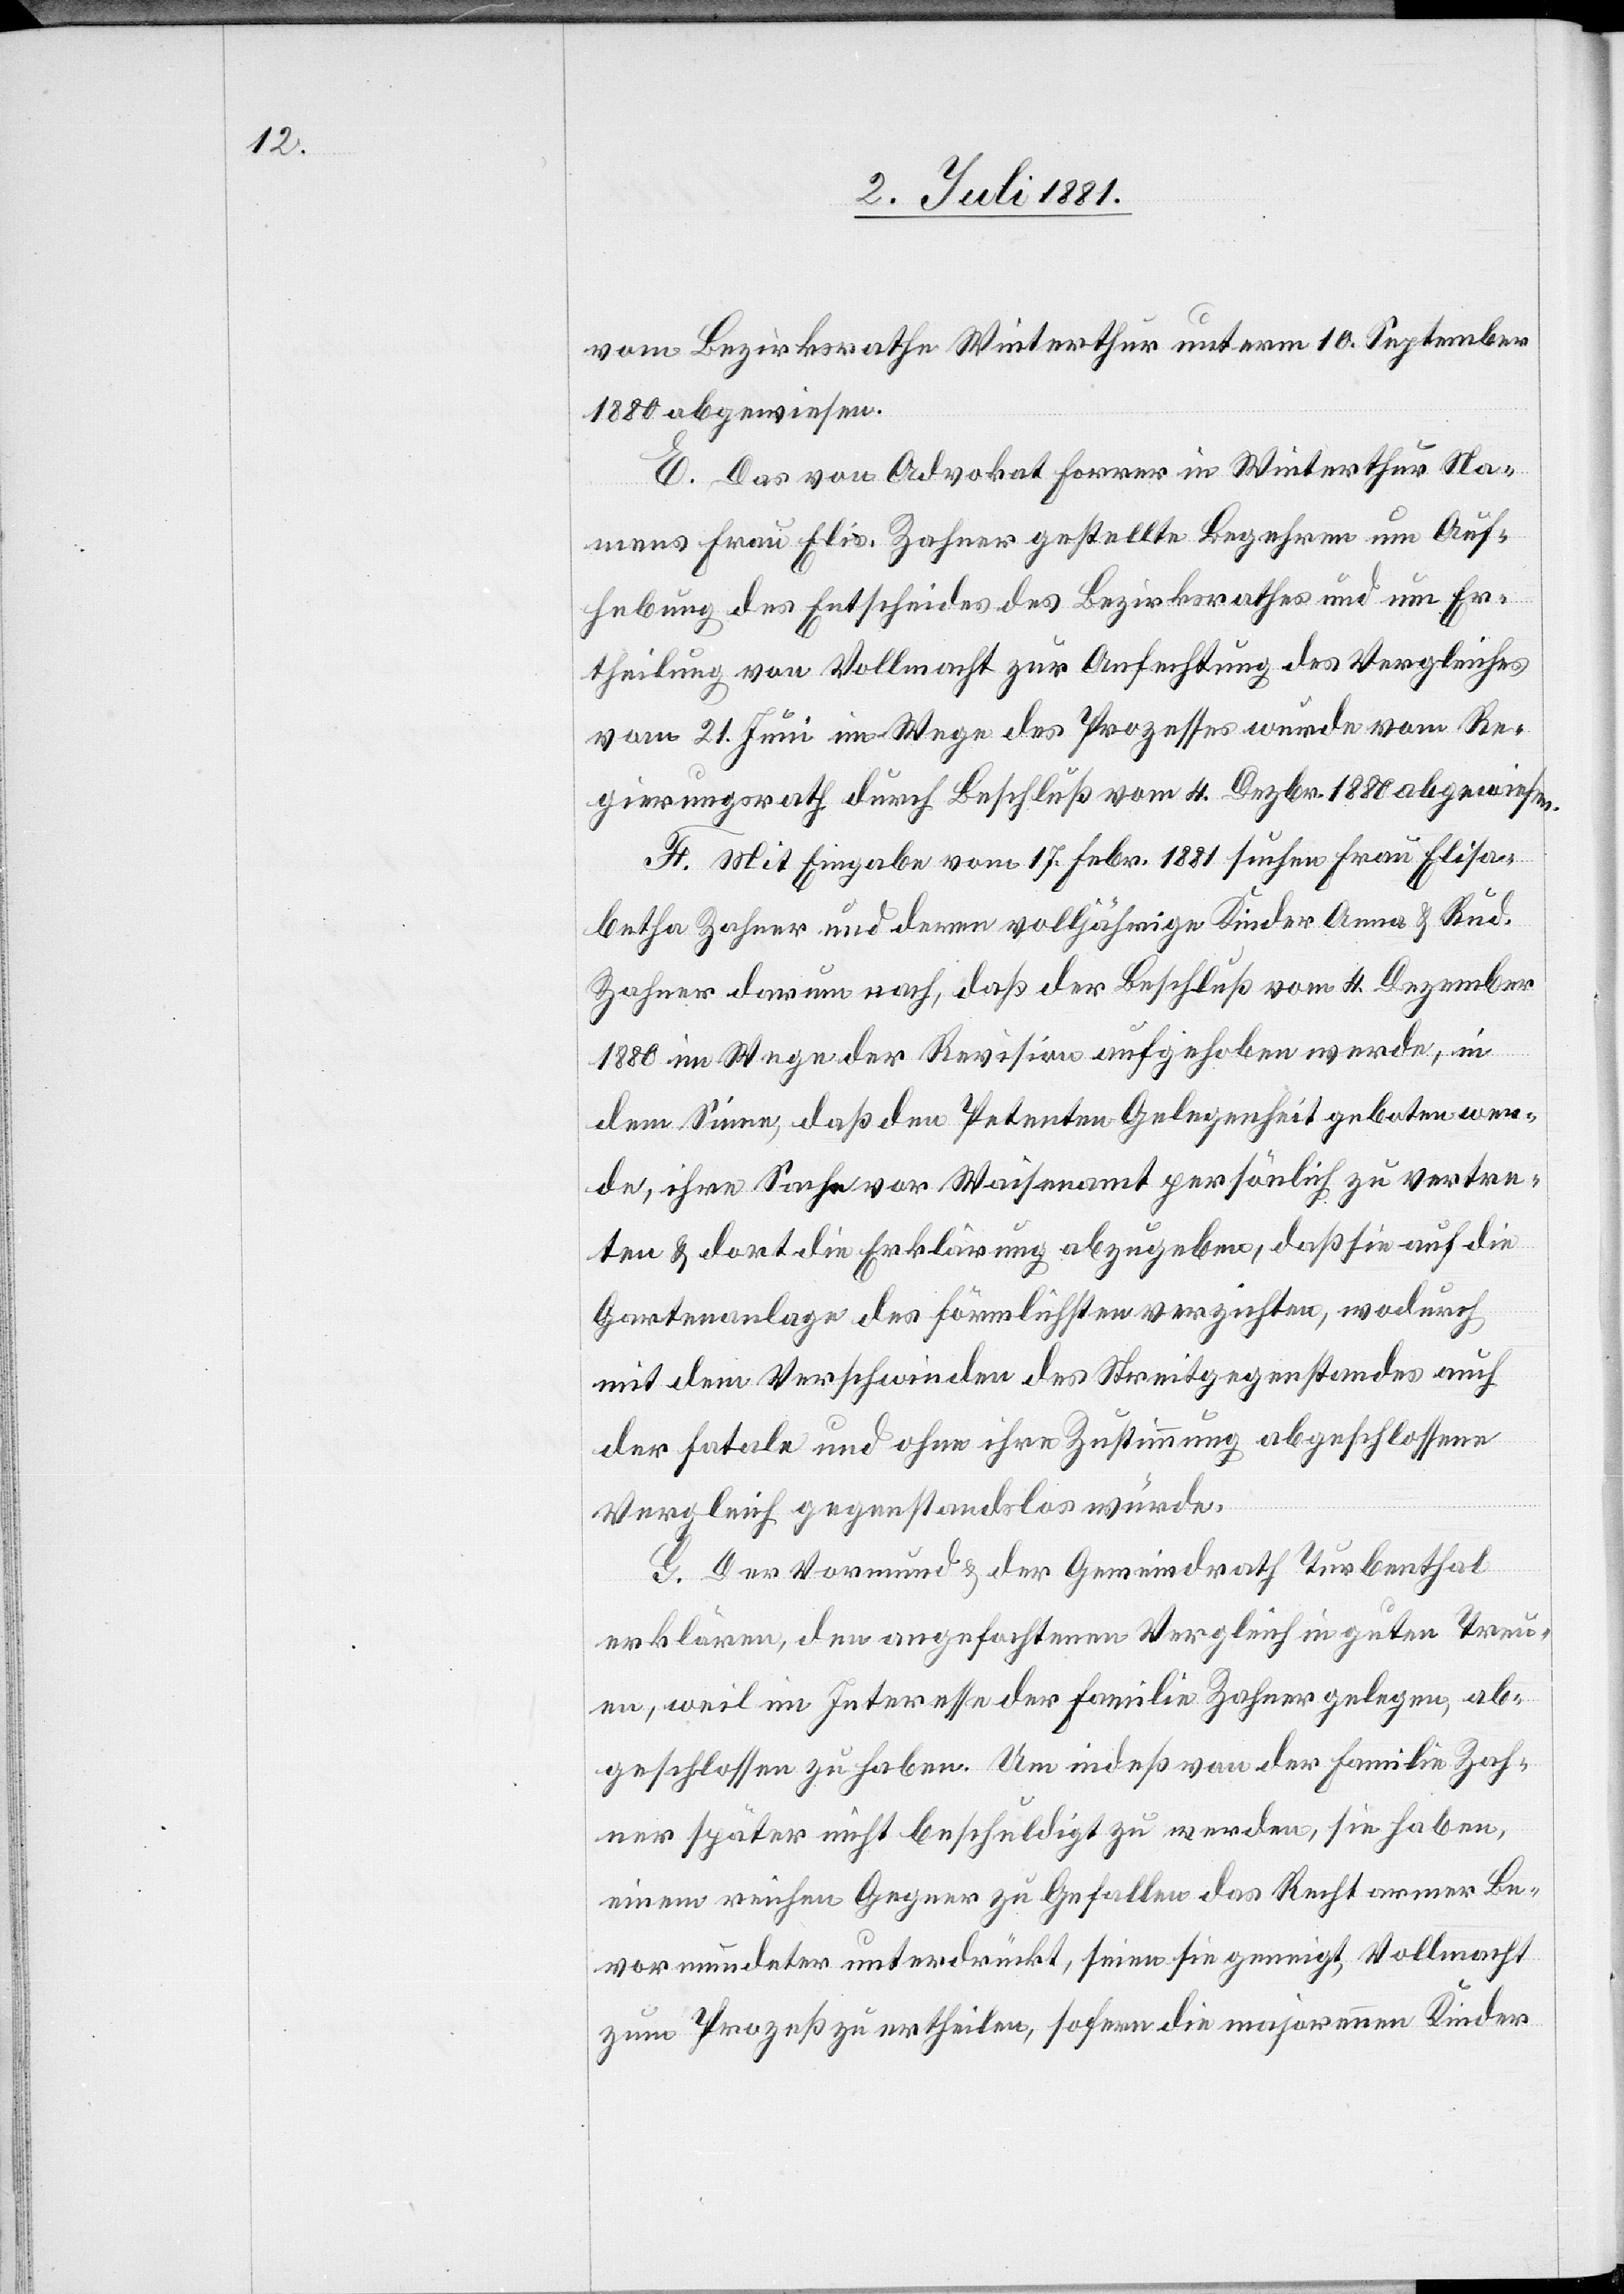
vom Bezirksrathe Winterthur unterm 10. September
1880 abgewiesen.
E. Das von Advokat Forrer in Winterthur Na¬
mens Frau Elis. Zahner gestellte Begehren um Auf¬
hebung des Entscheides des Bezirksrathes und um Er¬
theilung von Vollmacht zur Anfechtung des Vergleiches
vom 21. Juni im Wege des Prozesses wurde vom Re¬
gierungsrath durch Beschluß vom 4. Dezbr. 1880 abgewiesen.
F. Mit Eingabe vom 17. Febr. 1881 suchen Frau Elisa¬
betha Zahner und deren volljährige Kinder Anna & Rud.
Zahner darum nach, daß der Beschluß vom 4. Dezember
1880 im Wege der Revision aufgehoben werde, in
dem Sinne, daß den Petenten Gelegenheit geboten wer¬
de, ihre Sache vor Waisenamt persönlich zu vertre¬
ten & dort die Erklärung abzugeben, daß sie auf die
Gartenanlage des förmlichsten verzichten, wodurch
mit dem Verschwinden des Streitgegenstandes auch
der fatale und ohne ihre Zustimmung abgeschlossene
Vergleich gegenstandslos würde.
G. Der Vormund & der Gemeindrath Turbenthal
erklären, den angefochtenen Vergleich in guten Treu¬
en, weil im Interesse der Familie Zahner gelegen, ab¬
geschlossen zu haben. Um indeß von der Familie Zah¬
ner später nicht beschuldigt zu werden, sie haben,
einem reichen Gegner zu Gefallen das Recht armer Be¬
vormundeter unterdrückt, seien sie geneigt, Vollmacht
zum Prozeß zu ertheilen, sofern die majorennen Kinder